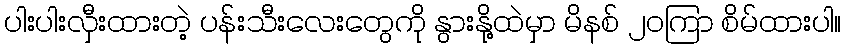
ပါးပါးလှီးထားတဲ့ ပန်းသီးလေးတွေကို နွားနို့ထဲမှာ မိနစ် ၂၀ကြာ စိမ်ထားပါ။